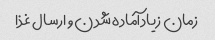
زمان زیاد آماده شدن و ارسال غذا